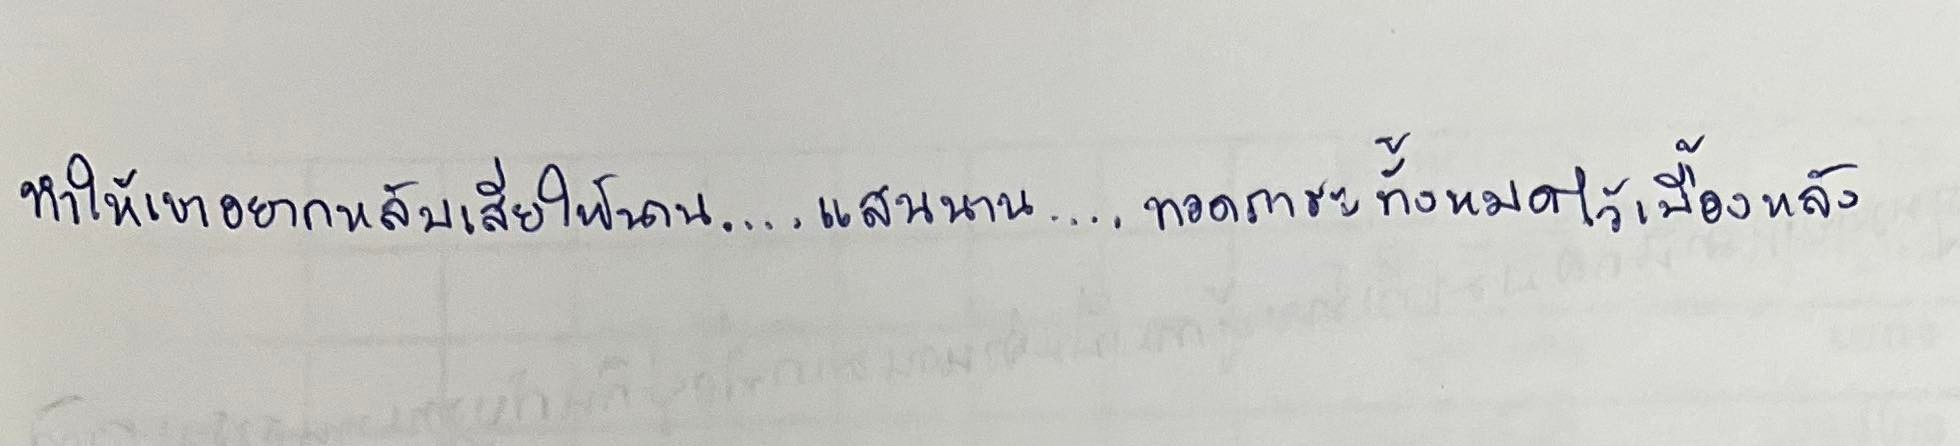
ทำให้เขาอยากหลับเสียให้นาน....แสนนาน....ทอดภาระทั้งหมดไว้เบื้องหลัง